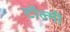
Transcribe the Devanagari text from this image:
टॉल्मी